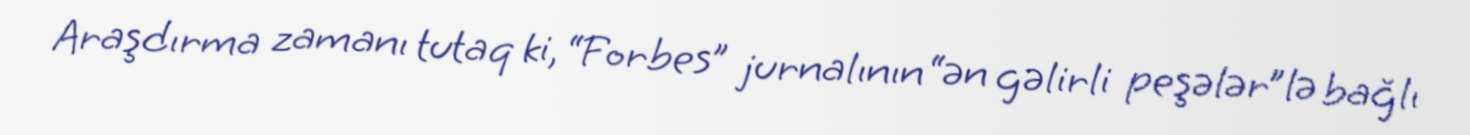
Araşdırma zamanı tutaq ki, “Forbes” jurnalının “ən gəlirli peşələr”lə bağlı